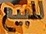
للبیع